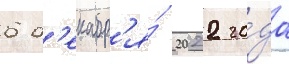
6 д'екабр'я́ 2022 го́да